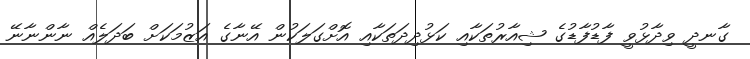
ގާނދީ ވިދާޅުވީ ފާޑުފާޑުގެ ޝިއާރުތަކާއި ކަޅުދިދަތަކާއި އޮށްގަލަކުން އޭނާގެ އަޒުމަކަށް ބަދަލެއް ނާންނާނޭ